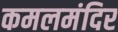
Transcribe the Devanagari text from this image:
कमलमंदिर